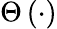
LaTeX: \Theta\left(\cdot\right)